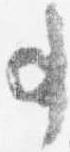
事